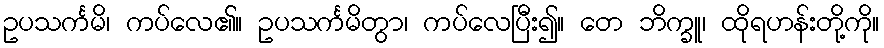
ဥပသင်္ကမိ၊ ကပ်လေ၏။ ဥပသင်္ကမိတွာ၊ ကပ်လေပြီး၍။ တေ ဘိက္ခူ၊ ထိုရဟန်းတို့ကို။